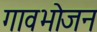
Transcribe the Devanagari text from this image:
गावभोजन